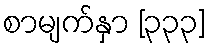
စာမျက်နှာ [၃၃၃]